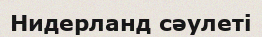
Нидерланд сәулеті